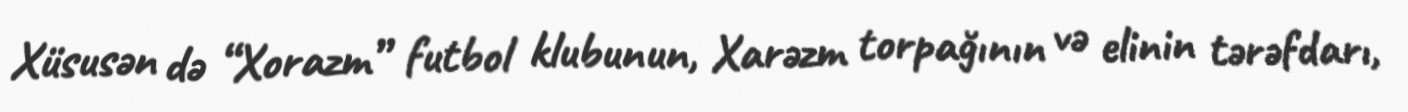
Xüsusən də “Xorazm” futbol klubunun, Xarəzm torpağının və elinin tərəfdarı,